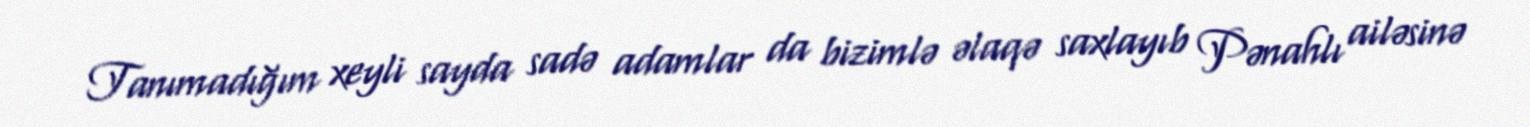
Tanımadığım xeyli sayda sadə adamlar da bizimlə əlaqə saxlayıb Pənahlı ailəsinə